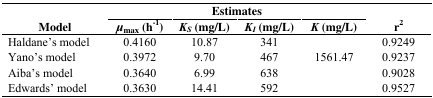
| <ROWSPAN=2> Model | <COLSPAN=4> Estimates | <ROWSPAN=2> r2 |
 | μmax(h−1) | KS(mg/L) | KI(mg/L) | K(mg/L) |
 | --- | --- | --- | --- | --- | --- |
 | Haldane’s model | 0.4160 | 10.87 | 341 |  | 0.9249 |
 | Yano’s model | 0.3972 | 9.70 | 467 | 1561.47 | 0.9237 |
 | Aiba’s model | 0.3640 | 6.99 | 638 |  | 0.9028 |
 | Edwards’ model | 0.3630 | 14.41 | 592 |  | 0.9527 |